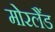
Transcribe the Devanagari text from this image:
मोरलैंड